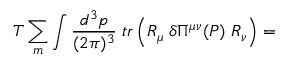
T \sum _ { m } \int \frac { d ^ { 3 } p } { ( 2 \pi ) ^ { 3 } } \; t r \left( R _ { \mu } \; \delta \Pi ^ { \mu \nu } ( P ) \; R _ { \nu } \right) =